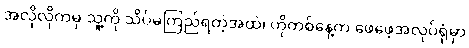
အလိုလိုကမှ သူ့ကို သိပ်မကြည်ရတဲ့အထဲ၊ ဟိုတစ်နေ့က ဖေဖေ့အလုပ်ရုံမှာ